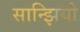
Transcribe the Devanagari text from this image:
सान्झियो